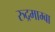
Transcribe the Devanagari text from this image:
रुद्रमाम्बा